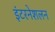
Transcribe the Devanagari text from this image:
इंटरनेशलन